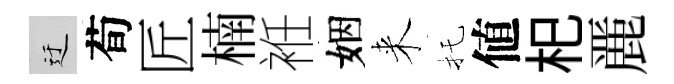
迂荀匠楠袵姻来托値𣏌䴡